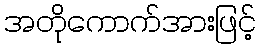
အတိုကောက်အားဖြင့်